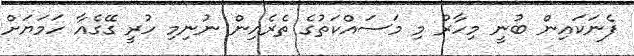
ފެނަކައިން ބުނީ މިހާރު މި މަސައްކަތުގެ ތެރެއިން ނުނިމި ހުރީ ގޭގެއާ ހަމަޔަށް